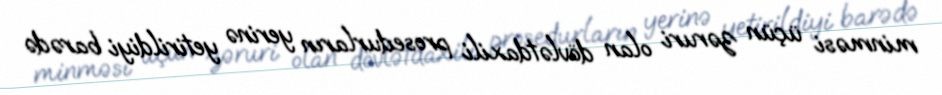
minməsi üçün zəruri olan dövlətdaxili prosedurların yerinə yetirildiyi barədə